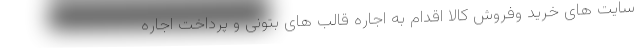
سایت های خرید وفروش کالا اقدام به اجاره قالب های بتونی و پرداخت اجاره